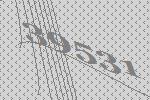
39531